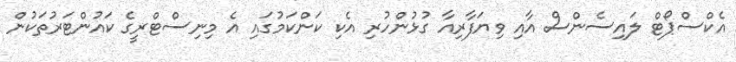
އެކްސްޕޯޓް ލައިސެންސް އާއި ވިޔަފާރިއާ ގުޅުންހުރި އެކި ކަންކަމުގައި އެ މިނިސްޓްރީގެ ކައުންޓަރުތަކުން